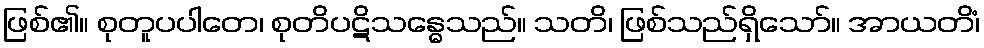
ဖြစ်၏။ စုတူပပါတေ၊ စုတိပဋိသန္ဓေသည်။ သတိ၊ ဖြစ်သည်ရှိသော်။ အာယတိံ၊